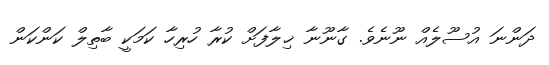
ދަންނަ އުސޫލެއް ނޫނެވެ. ގާނޫނާ ޚިލާފަށް ކުރާ ހުރިހާ ކަމަކީ ބާތިލް ކަންކަން